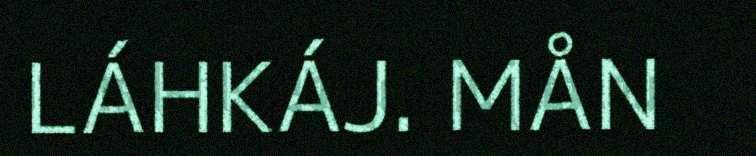
LÁHKÁJ. MÅN